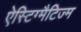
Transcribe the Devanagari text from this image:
ऐस्टिग्मैटिज्म